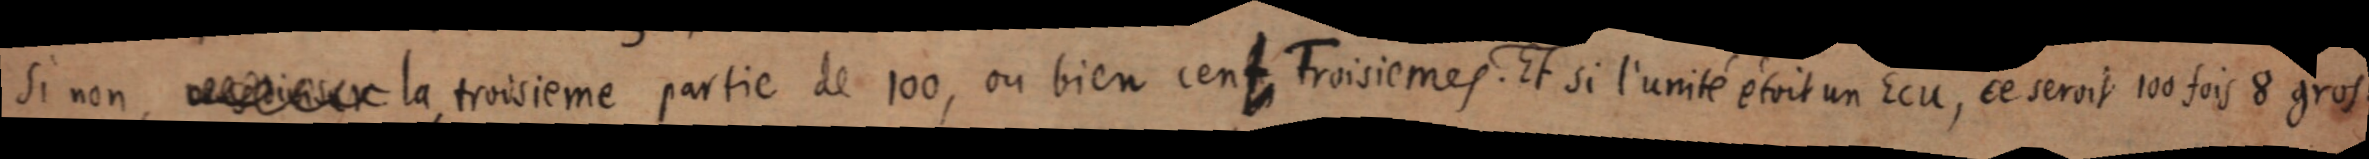
Si non, troisième la troisième partie de 100, ou bien cent Troisièmes. Et si l’unité était un Ecu, ce serait 100 fois 8 gros.